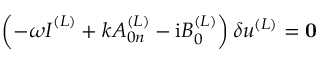
\left( - \omega \boldsymbol { I } ^ { ( L ) } + k \boldsymbol { A } _ { 0 n } ^ { ( L ) } - { \mathrm { i } } \boldsymbol { B } _ { 0 } ^ { ( L ) } \right) \delta \boldsymbol { u } ^ { ( L ) } = { \bf { 0 } }